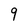
Character: 9